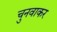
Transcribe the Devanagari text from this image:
चुनवाकर